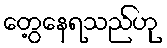
တွေ့နေရသည်ဟု